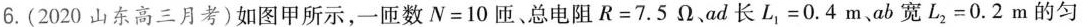
6.(2020山东高三月考)如图甲所示，一匝数$$N = 1 0$$匝、总电阻$$R = 7 . 5 Ω$$、ad长$$L_{1} = 0 . 4 m$$.ab宽$$L_{2} = 0 . 2 m$$的匀